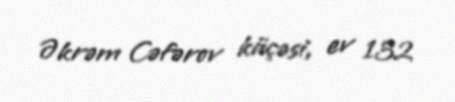
Əkrəm Cəfərov küçəsi, ev 132